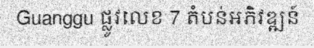
Guanggu ផ្លូវលេខ 7 តំបន់អភិវឌ្ឍន៍